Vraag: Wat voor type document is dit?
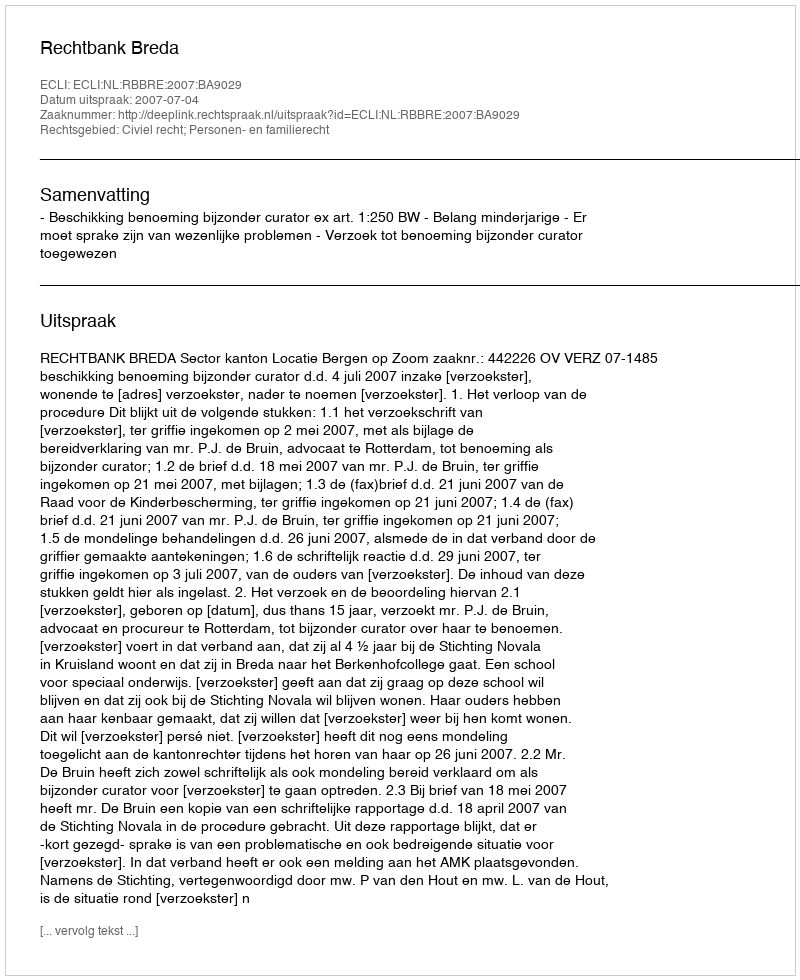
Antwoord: Uitspraak